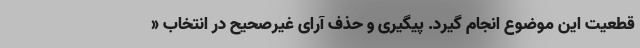
قطعیت این موضوع انجام گیرد. پیگیری و حذف آرای غیرصحیح در انتخاب «